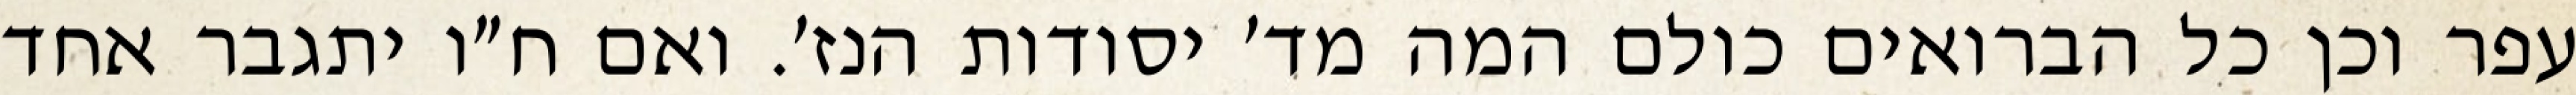
עפר וכן כל הברואים כולם המה מד׳ יסודות הנז׳. ואם ח״ו יתגבר אחד